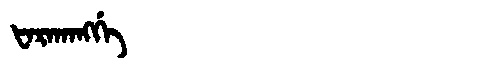
Manchu: ᡶᠠᡵᠠᡴᠠᠩᡤᡝ
Romanization: FARAKANGGE